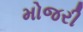
મોજરી